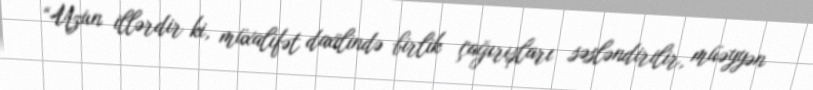
“Uzun illərdir ki, müxalifət daxilində birlik çağırışları səsləndirilir, müəyyən